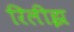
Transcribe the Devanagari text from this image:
रिलीझ